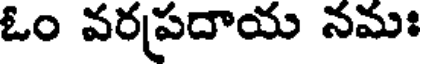
ఓం వరప్రదాయ నమః